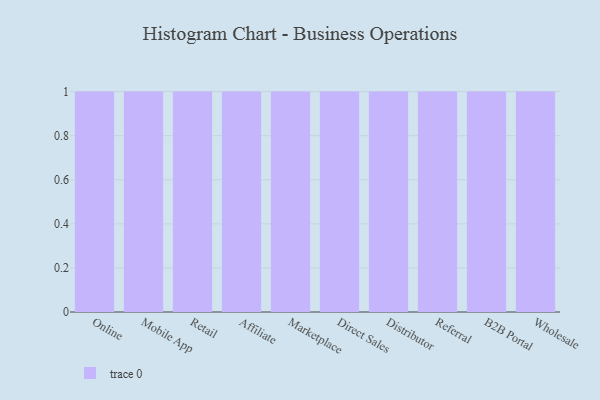
{"axis": {"x": "Channel", "y": "Bounce Rate (%)"}, "legend": [""], "data": [{"x": "Online", "y": 9, "type": ""}, {"x": "Mobile App", "y": 36, "type": ""}, {"x": "Retail", "y": 18, "type": ""}, {"x": "Affiliate", "y": 30, "type": ""}, {"x": "Marketplace", "y": 6, "type": ""}, {"x": "Direct Sales", "y": 3, "type": ""}, {"x": "Distributor", "y": 18, "type": ""}, {"x": "Referral", "y": 95, "type": ""}, {"x": "B2B Portal", "y": 29, "type": ""}, {"x": "Wholesale", "y": 55, "type": ""}]}